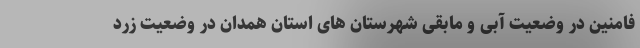
فامنین در وضعیت آبی و مابقی شهرستان های استان همدان در وضعیت زرد